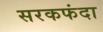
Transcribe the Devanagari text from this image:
सरकफंदा